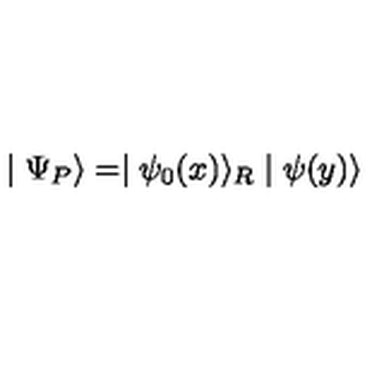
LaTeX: \mid \Psi _ { P } \rangle = \mid \psi _ { 0 } ( x ) \rangle _ { R } \mid \psi ( y ) \rangle